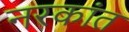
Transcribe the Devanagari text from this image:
नरकांत